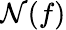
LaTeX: \mathcal{N}(f)